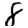
Digit: 8